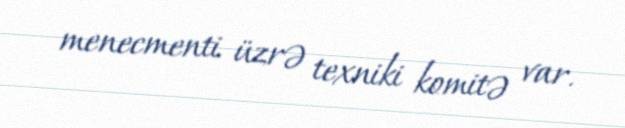
menecmenti üzrə texniki komitə var.